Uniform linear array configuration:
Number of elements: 8
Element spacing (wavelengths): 0.75
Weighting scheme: binomial
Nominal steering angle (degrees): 30
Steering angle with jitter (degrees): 29.711
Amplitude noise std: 0.05
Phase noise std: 0.05

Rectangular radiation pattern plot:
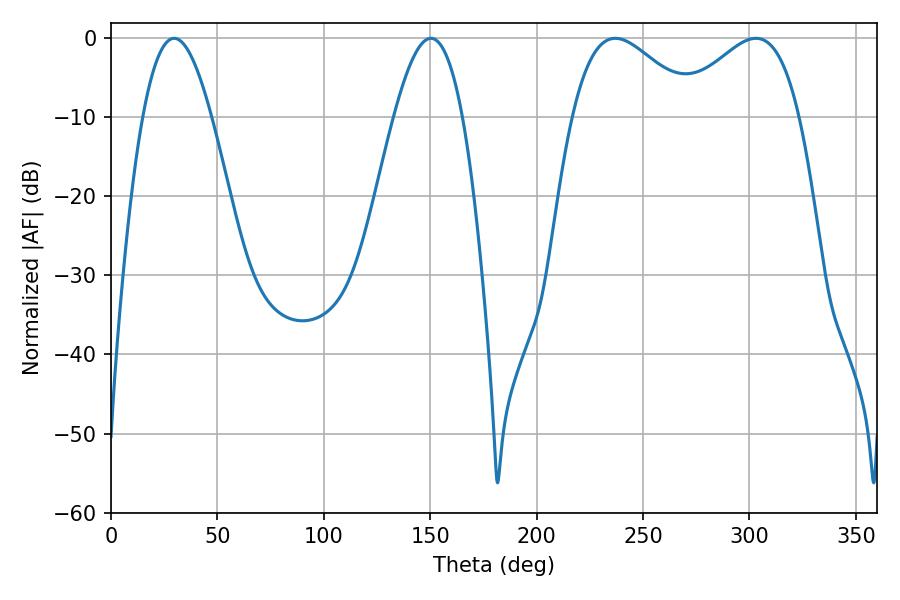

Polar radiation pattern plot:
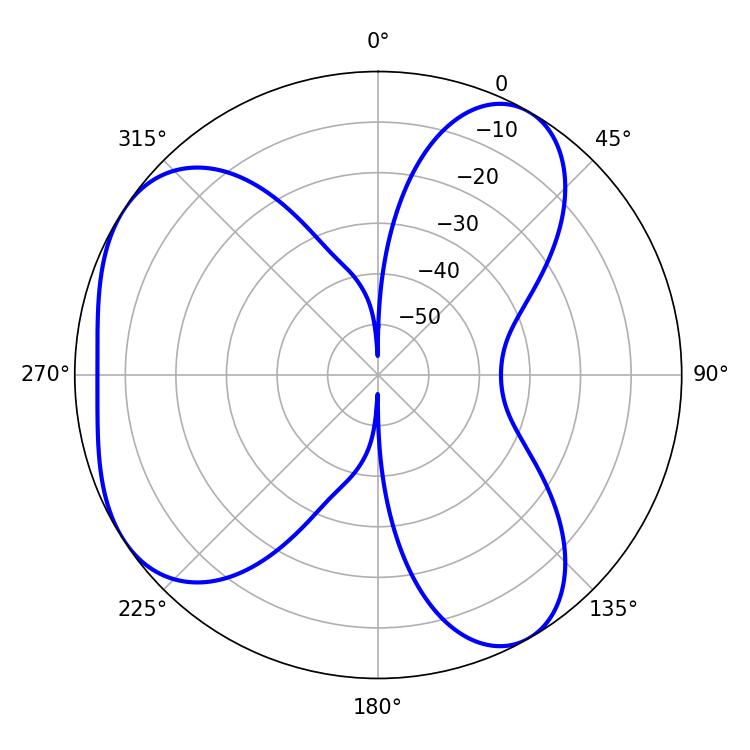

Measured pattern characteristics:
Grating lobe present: TRUE
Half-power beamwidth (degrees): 17.64
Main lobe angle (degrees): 29.7